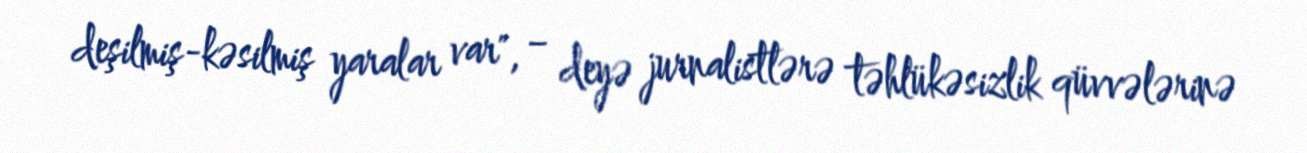
deşilmiş-kəsilmiş yaralar var", − deyə jurnalistlərə təhlükəsizlik qüvvələrinə